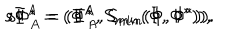
s \Phi ^ { A } = ( \Phi ^ { A } , S _ { m i n } ( \Phi , \Phi ^ { \ast } ) ) , \hspace { 1 c m } s \Phi _ { A } ^ { \ast } = ( \Phi _ { A } ^ { \ast } , S _ { m i n } ( \Phi , \Phi ^ { \ast } ) ) .